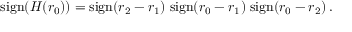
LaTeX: \mathrm { s i g n } ( H ( r _ { 0 } ) ) = \mathrm { s i g n } ( r _ { 2 } - r _ { 1 } ) \; \mathrm { s i g n } ( r _ { 0 } - r _ { 1 } ) \; \mathrm { s i g n } ( r _ { 0 } - r _ { 2 } ) \, .